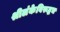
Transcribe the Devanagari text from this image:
श्रीलंकेविरूद्धच